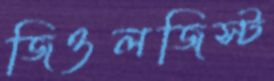
জিওলজিস্ট